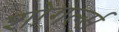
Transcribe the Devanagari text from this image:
शोगर्ल्स